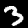
Digit: 3